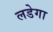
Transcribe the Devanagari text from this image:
लडेगा